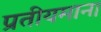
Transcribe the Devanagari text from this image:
प्रतीयमान।